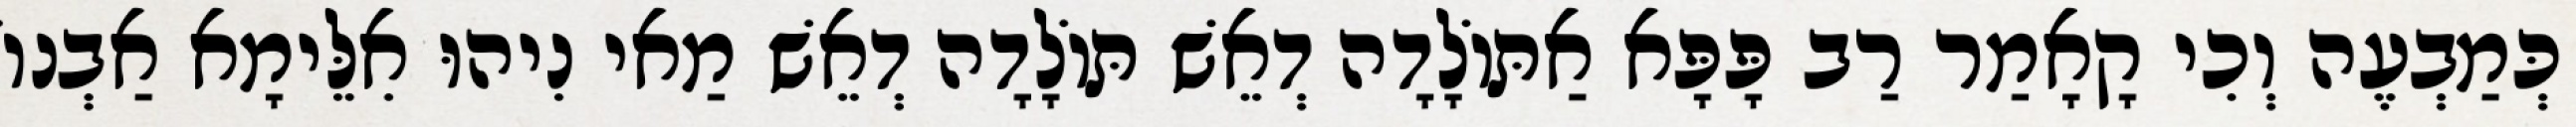
כְּמַבְעֶה וְכִי קָאָמַר רַב פָּפָּא אַתּוֹלָדָה דְאֵשׁ תּוֹלָדָה דְאֵשׁ מַאי נִיהוּ אִלֵּימָא אַבְנוֹ